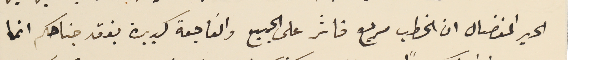
الحبر المفضال ان الخطب مريع فاثر على الجميع والفاجعة كبيرة بفقد جناحكم انما